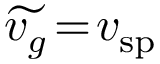
\widetilde { v _ { g } } \! = \! v _ { \mathrm { s p } }